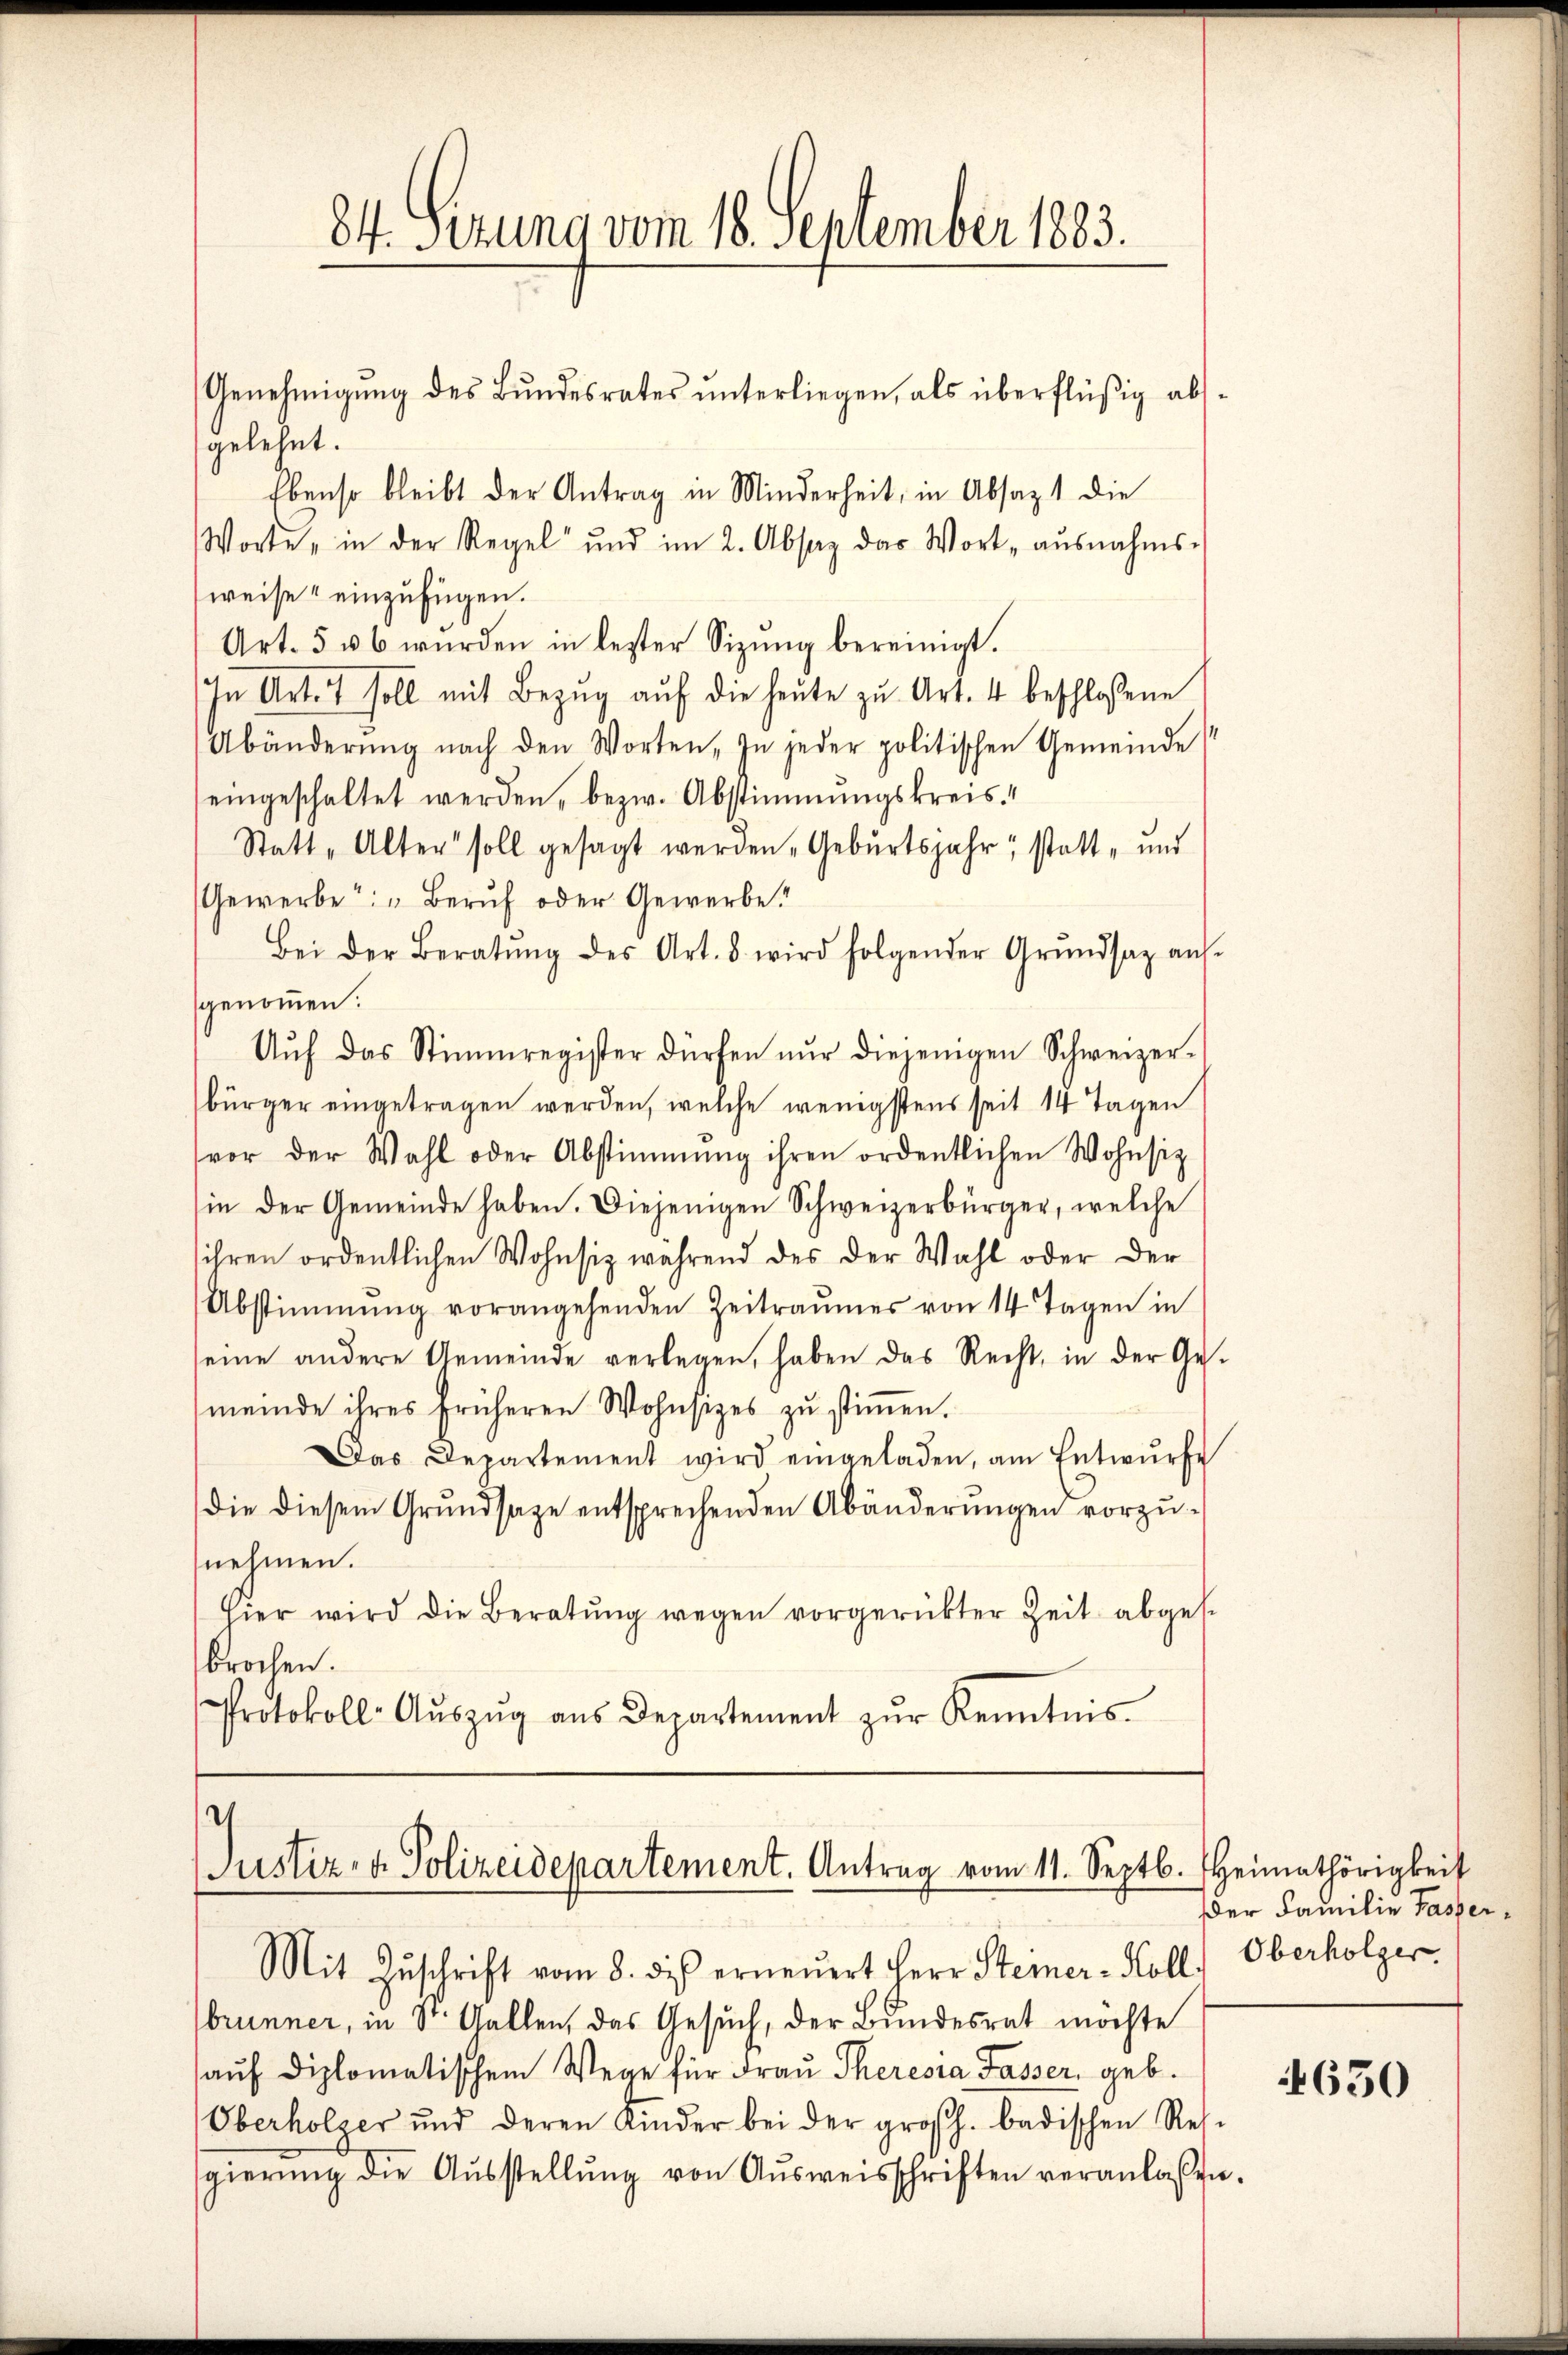
gelehnt.
Ebenso bleibt der Antrag in Minderheit, in Absaz 1 die
Worte, in der Regel und im 2. Absaz das Wort ausnahms-
weise einzufügen.
Art. 5 u 6 wŭrden in letzter Sitzŭng bereinigt.
In Art. 7 soll mit Bezŭg aŭf die heŭte zu Art. 4 beschlossene
Abänderŭng nach den Worten. In jeder politischen Gemeinde
eingeschaltet werden, bezw. Abstimmungskreis¬
Statt „Alter soll gesagt werden Geburtsjahr, statt- und
Gewerbe: „Beruf oder Gewerbe!
Bei der Beratŭng des Art. 8. wird folgender Grŭndsaz aŭf-
genommen.
Aŭf das Stimmregister dürfen nŭr diejenigen Schweizer-
bürger eingetragen werden, welche wenigstens seit 14 Tagen
vor der Wahl oder Abstimmung ihren ordentlichen Wohnsitz
in der Gemeinde haben. Diejenigen Schweizerbürger, welche
ihren ordentlichen Wohnsiz während des der Wahl oder der
Abstimmung vorangehenden Zeitraumes von 14 Tagen in
seine andere Gemeinde verlegen, haben das Recht, in der Ges-
meinde ihres früheren Wohnsizes zŭ stiṁen.
Das Departement wird eingeladen, am Entwŭrfe
die diesem Grundsaze entsprechenden Abänderŭngen vorzunehmen.
hier wird die Beratŭng wegen vorgerückter Zeit abgese
brochen.
Protokoll- Aŭszŭg aŭs Departement zŭr Kenntnis

84. Sezung vom 18. September 1883.
Genehmigŭng des Bŭndesrates ŭnterliegen, als überflüßig abs-

.
Justiz- & Polizeidepartement. Antrag vom 11. Septb. Heimathörigkeit
Mit Zŭschrift vom 8. di erneŭert Herr Steiner-Koll. Oberholzer

brunner, in St. Gallen, das Gesuch, der Bundesrat möchte
auf diplomatischem Wege für Frau Theresia Tasser, geb.
Oberholzer und deren Kinder bei der großh. badischen Res-
sgierŭng die Aŭsstellŭng von Aŭsweisschriften veranlassen.

Der Familie Tasser,

4630